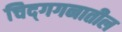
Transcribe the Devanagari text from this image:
चिद्‌गगनातील